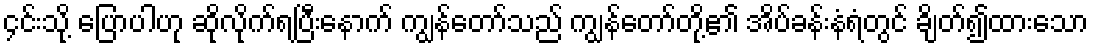
၄င်းသို့ ပြောပါဟု ဆိုလိုက်ရပြီးနောက် ကျွန်တော်သည် ကျွန်တော်တို့၏ အိပ်ခန်းနံရံတွင် ချိတ်၍ထားသော